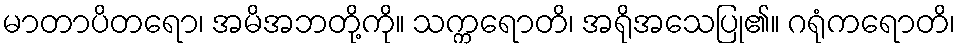
မာတာပိတရော၊ အမိအဘတို့ကို။ သက္ကရောတိ၊ အရိုအသေပြု၏။ ဂရုံကရောတိ၊